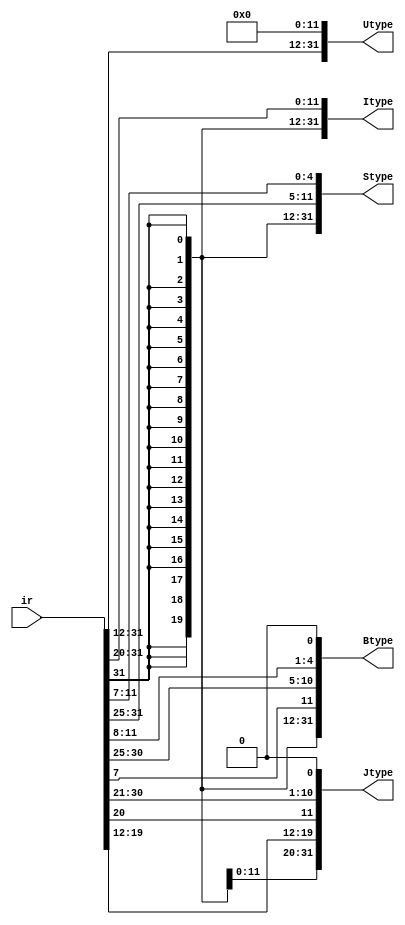
`timescale 1ns / 1ps
//////////////////////////////////////////////////////////////////////////////////
// Company: 
// 
// Design Name: 
// Module Name: immed_gen
// Project Name: 
// Target Devices: 
// Tool Versions: 
// Description: 
// 
// Dependencies: 
// 
// Revision:
// Revision 0.01 - File Created
// Additional Comments:
// 
//////////////////////////////////////////////////////////////////////////////////

module immed_gen(
    input [31:0] ir,
    output [31:0] Utype,
    output [31:0] Itype,
    output [31:0] Stype,
    output [31:0] Btype,
    output [31:0] Jtype
    );
    
    assign Itype = {{21{ir[31]}}, ir[30:25], ir[24:20]};
    assign Stype = {{21{ir[31]}}, ir[30:25], ir[11:7]};
    assign Btype = {{20{ir[31]}}, ir[7], ir[30:25], ir[11:8], 1'b0};
    assign Utype = {ir[31:12], 12'b000000000000};
    assign Jtype = {{12{ir[31]}}, ir[19:12], ir[20], ir[30:21], 1'b0};
    
    
endmodule